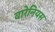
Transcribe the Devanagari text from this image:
वारेनियस